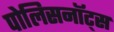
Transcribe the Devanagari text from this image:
पोलिसनॉट्स